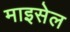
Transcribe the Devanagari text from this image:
माइसेल